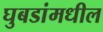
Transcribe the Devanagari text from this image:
घुबडांमधील